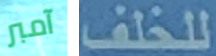
آمبر للخلف